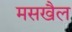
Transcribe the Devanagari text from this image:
मसखैल